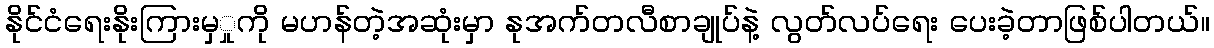
နိုင်ငံရေးနိုးကြားမှှုကို မဟန်တဲ့အဆုံးမှာ နုအက်တလီစာချုပ်နဲ့ လွတ်လပ်ရေး ပေးခဲ့တာဖြစ်ပါတယ်။